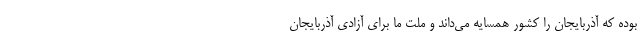
بوده که آذربایجان را کشور همسایه می‌داند و ملت ما برای آزادی آذربایجان